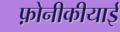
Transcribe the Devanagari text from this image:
फ़ोनीकीयाई